Report of the Hyderabad Chloroform Commission
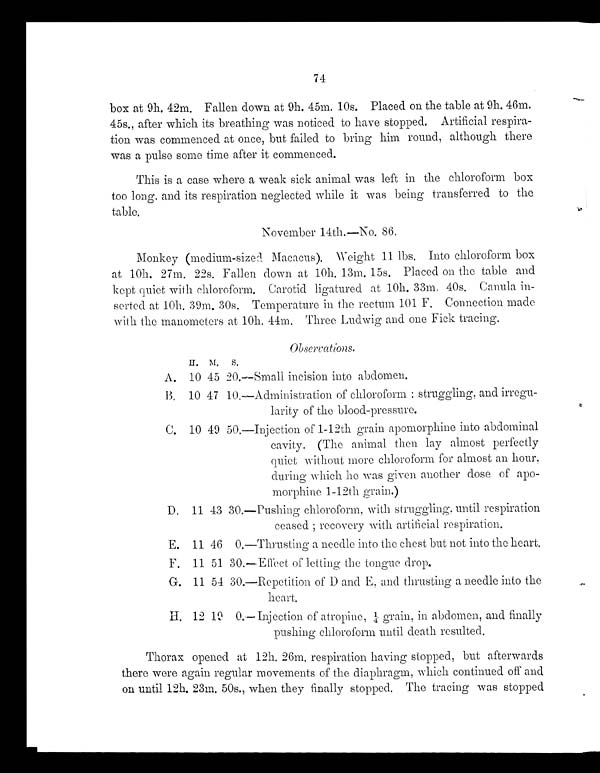
74
box at 9h. 42m. Fallen down at 9h. 45m. 10s. Placed on the table at 9h. 46m.
45s., after which its breathing was noticed to have stopped. Artificial respira-
tion was commenced at once, but failed to bring him round, although there
was a pulse some time after it commenced.
This is a case where a weak sick animal was left in the chloroform box
too long and its respiration neglected while it was being transferred to the
table.
November 14th.—No. 86.
Monkey (medium-sized Macacus). Weight 11 lbs. Into chloroform box
at 10h. 27m. 22s. Fallen down at 10h. 13m. 15s. Placed on the table and
kept quiet with chloroform. Carotid ligatured at 10h. 33m. 40s. Canula in-
serted at 10h. 39m. 30s. Temperature in the rectum 101 F. Connection made
with the manometers at 10h. 44m. Three Ludwig and one Fick tracing.
H . M . S .
A. 10 45 20.—Small incision into abdomen.
B. 10 47 10.—Administration of chloroform : struggling, and irregu-
larity of the blood-pressure.
C. 10 49 50.—Injection of 1-12th grain apomorphine into abdominal
cavity. (The animal then lay almost perfectly
quiet without more chloroform for almost an hour,
during which he was given another dose of apo-
morphine 1.-12th grain.)
D. 11 43 30.—Pushing chloroform, with struggling, until respiration
ceased recovery with artificial respiration.
E. 11 46 0.—Thrusting a needle into the chest but not into the heart.
F.
11 51 30.—Effect of letting the tongue drop.
G.
11 54 30.—Repetition of D and E, and thrusting a needle into the
heart.
H.
12 19 0.— Injection of atropine, 1/4 grain, in abdomen, and finally
pushing chloroform until death resulted.
Thorax opened at 12h. 26m, respiration having stopped, but afterwards
there wore again regular movements of the diaphragm, which continued off and
on until 12h. 23m. 50s., when they finally stopped. The tracing was stopped